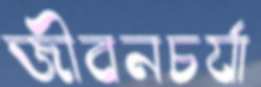
জীবনচর্যা